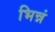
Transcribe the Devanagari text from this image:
भिन्नं